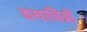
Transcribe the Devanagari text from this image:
कथाचित्रों